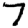
Digit: 7